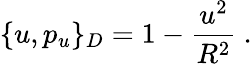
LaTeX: \{ u,p_{u}\} _{D}=1-\frac{u^{2}}{R^{2}}\ .